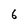
Character: 6